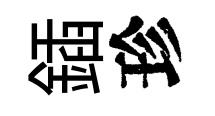
鍤珍